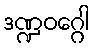
ဒဏ္ဍဝဂ္ဂေါ